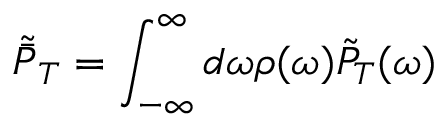
\tilde { \bar { P } } _ { T } = \int _ { - \infty } ^ { \infty } d \omega \rho ( \omega ) \tilde { P } _ { T } ( \omega )